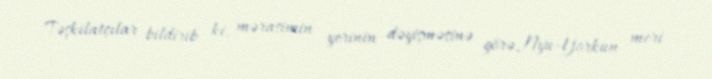
Təşkilatçılar bildirib ki, mərasimin yerinin dəyişməsinə görə, Nyu-Yorkun meri